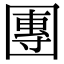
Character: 團